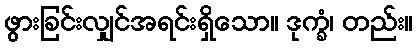
ဖွားခြင်းလျှင်အရင်းရှိသော။ ဒုက္ခံ၊ တည်း။